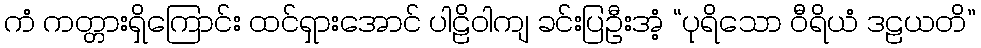
ကံ ကတ္တားရှိကြောင်း ထင်ရှားအောင် ပါဠိဝါကျ ခင်းပြဦးအံ့ “ပုရိသော ဝီရိယံ ဒဠယတိ”